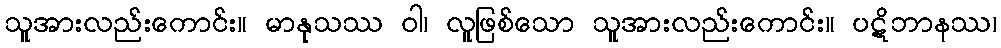
သူအားလည်းကောင်း။ မာနုသဿ ဝါ၊ လူဖြစ်သော သူအားလည်းကောင်း။ ပဋိဘာနဿ၊